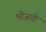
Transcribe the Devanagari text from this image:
भोजनी